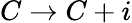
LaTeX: C\rightarrow C+i